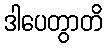
ဒါပေတွာတိ